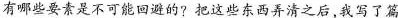
有哪些要素是不可能回避的?把这些东西弄清之后,我写了篇